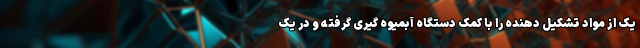
یک از مواد تشکیل دهنده را با کمک دستگاه آبمیوه گیری گرفته و در یک